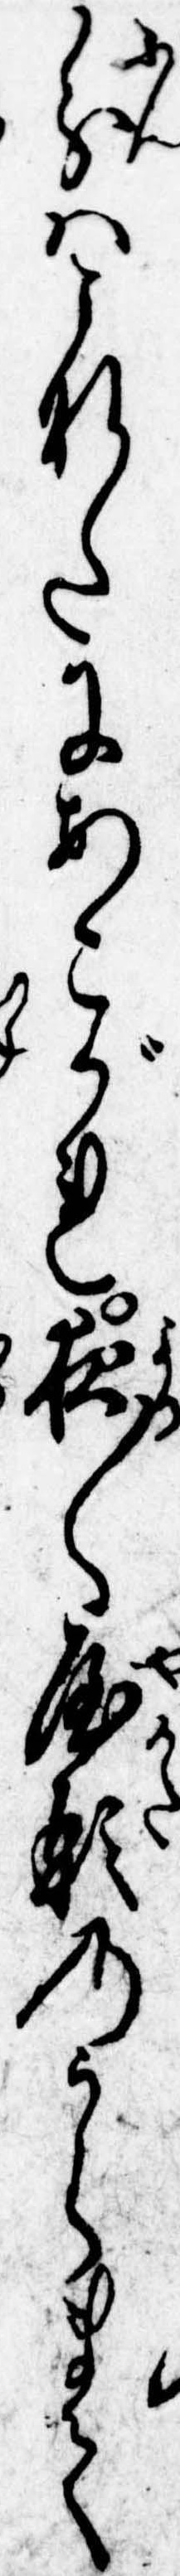
分はこなたにあこがれ夜〱屋形のうらまて